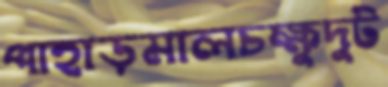
পাহাড়মালচক্ষুদুট